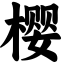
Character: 樱